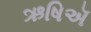
ઋષિઍ